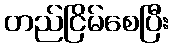
တည်ငြိမ်စေပြီး